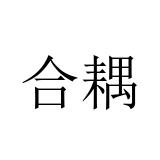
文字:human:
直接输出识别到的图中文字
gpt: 合耦